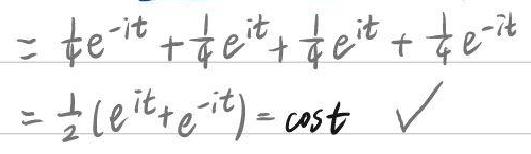
\begin{align*}
&=\frac{1}{4}e^{-it}+\frac{1}{4}e^{it}+\frac{1}{4}e^{it}+\frac{1}{4}e^{-it}\\
&=\frac{1}{2}(e^{it}+e^{-it})=\cos t\quad\checkmark
\end{align*}